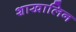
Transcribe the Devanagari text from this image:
शाखालिन